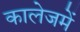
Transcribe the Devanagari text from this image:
कालेजमें